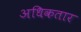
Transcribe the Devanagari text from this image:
अधिकतार